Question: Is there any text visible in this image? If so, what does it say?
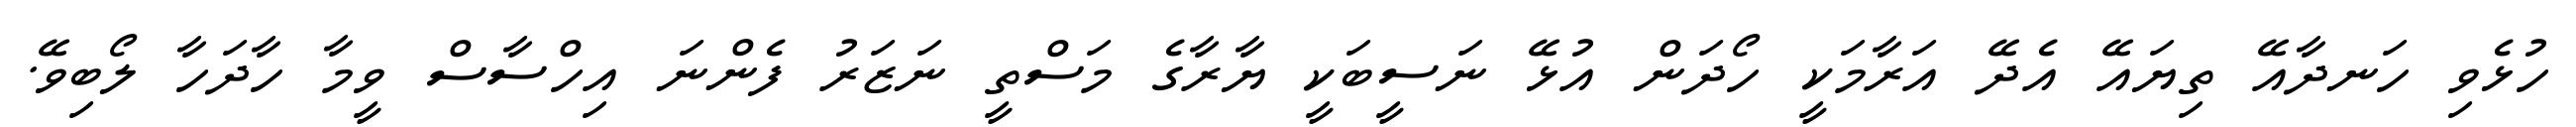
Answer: ހުޅެވި ހަނދާއޭ ތިޔައޭ އެދޭ އަރާމަކީ ހޯދަން އުޅޭ ނަސީބަކީ ޔާރާގެ މަސްތީ ނަޒަރު ފެންނަ އިހްސާސް ވީމާ ހާދަހާ ލޯބިވޭ.